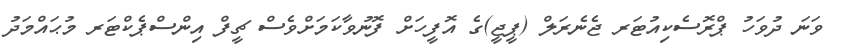
ވަނަ ދުވަހު ޕްރޮސެކިއުޓަރ ޖެނެރަލް (ޕީޖީ)ގެ އޮފީހަށް ފޮނުވާކަމަށްވެސް ޗީފް އިންސްޕެކްޓަރ މުޙައްމަދު